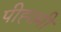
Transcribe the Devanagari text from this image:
पीह्छ्पी